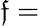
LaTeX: \mathfrak{f}=